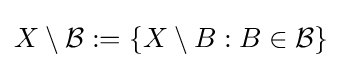
X\setminus {\mathcal {B}}:=\{X\setminus B:B\in {\mathcal {B}}\}